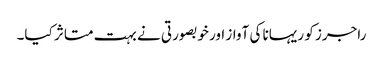
راجرز کو ریہانا کی آواز اور خوبصورتی نے بہت متاثر کیا۔